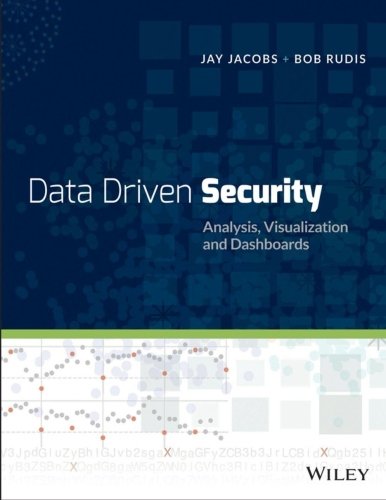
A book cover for Data-Driven Security: Analysis, Visualization and Dashboards; Jay Jacobs; Computers & Technology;